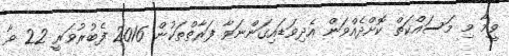
ވީމާ މި މަސައްކަތް ކޮށްދެއްވަން އެދިވަޑައިގަންނަވާ ފަރާތްތަކުން 2016 ފެބުރުވަރީ 22 ވާ